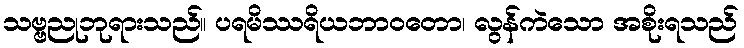
သဗ္ဗညုဘုရားသည်။ ပရမိဿရိယဘာဝတော၊ လွန်ကဲသော အစိုးရသည်